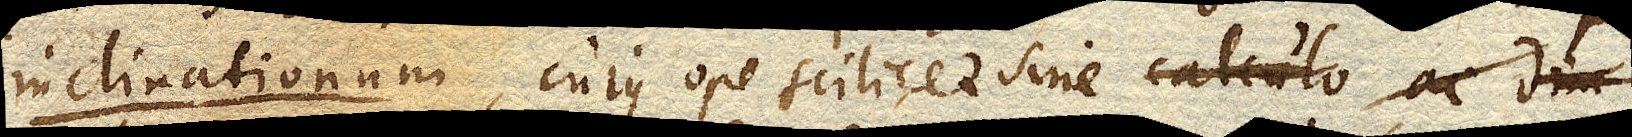
inclinationum, cujus ope scilicet sine calculo ac dim